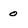
Character: 0